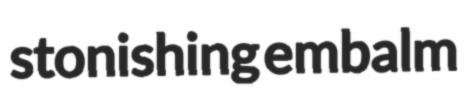
stonishing embalm